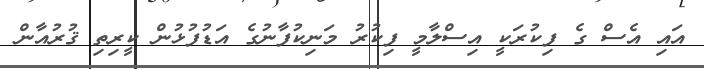
އައި އެސް ގެ ފިކުރަކީ އިސްލާމީ ފިކުރު މަނިކުފާނުގެ އަޑުފުޅުން ކީރިތި ޤުރުއާން